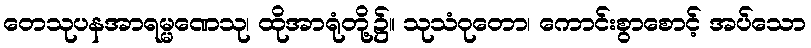
တေသုပနအာရမ္မဏေသု၊ ထိုအာရုံတို့၌။ သုသံဝုတော၊ ကောင်းစွာစောင့် အပ်သော